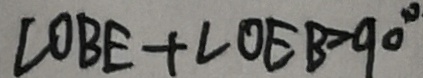
\angle O B E + \angle O E B = 9 0 ^ { \circ }